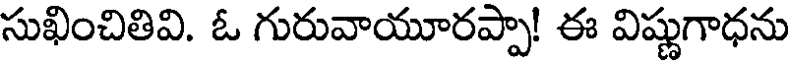
సుఖించితివి. ఓ గురువాయూరప్పా! ఈ విష్ణుగాధను